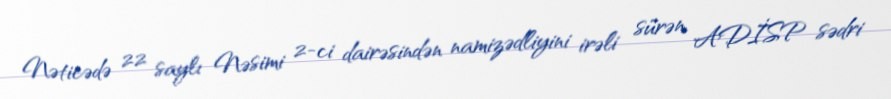
Nəticədə 22 saylı Nəsimi 2-ci dairəsindən namizədliyini irəli sürən ADİSP sədri